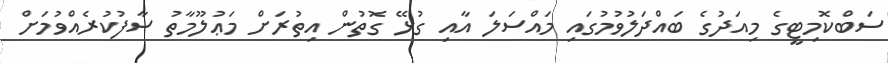
ސަބްކޮމިޓީގެ މިއަދުގެ ބައްދަލުވުމުގައި މައްސަލަ އާއި ގުޅޭ ގޮތުން އިތުރަށް މަޢުލޫމާތު ސާފުކުރެއްވުމަށް